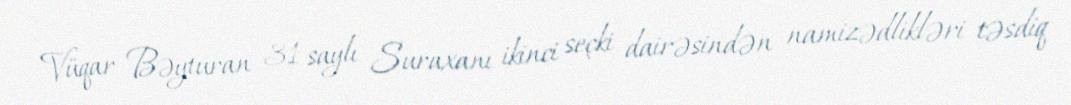
Vüqar Bəyturan 31 saylı Suraxanı ikinci seçki dairəsindən namizədlikləri təsdiq